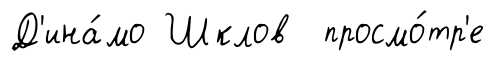
Д'ина́мо Шклов просмо́тр'е